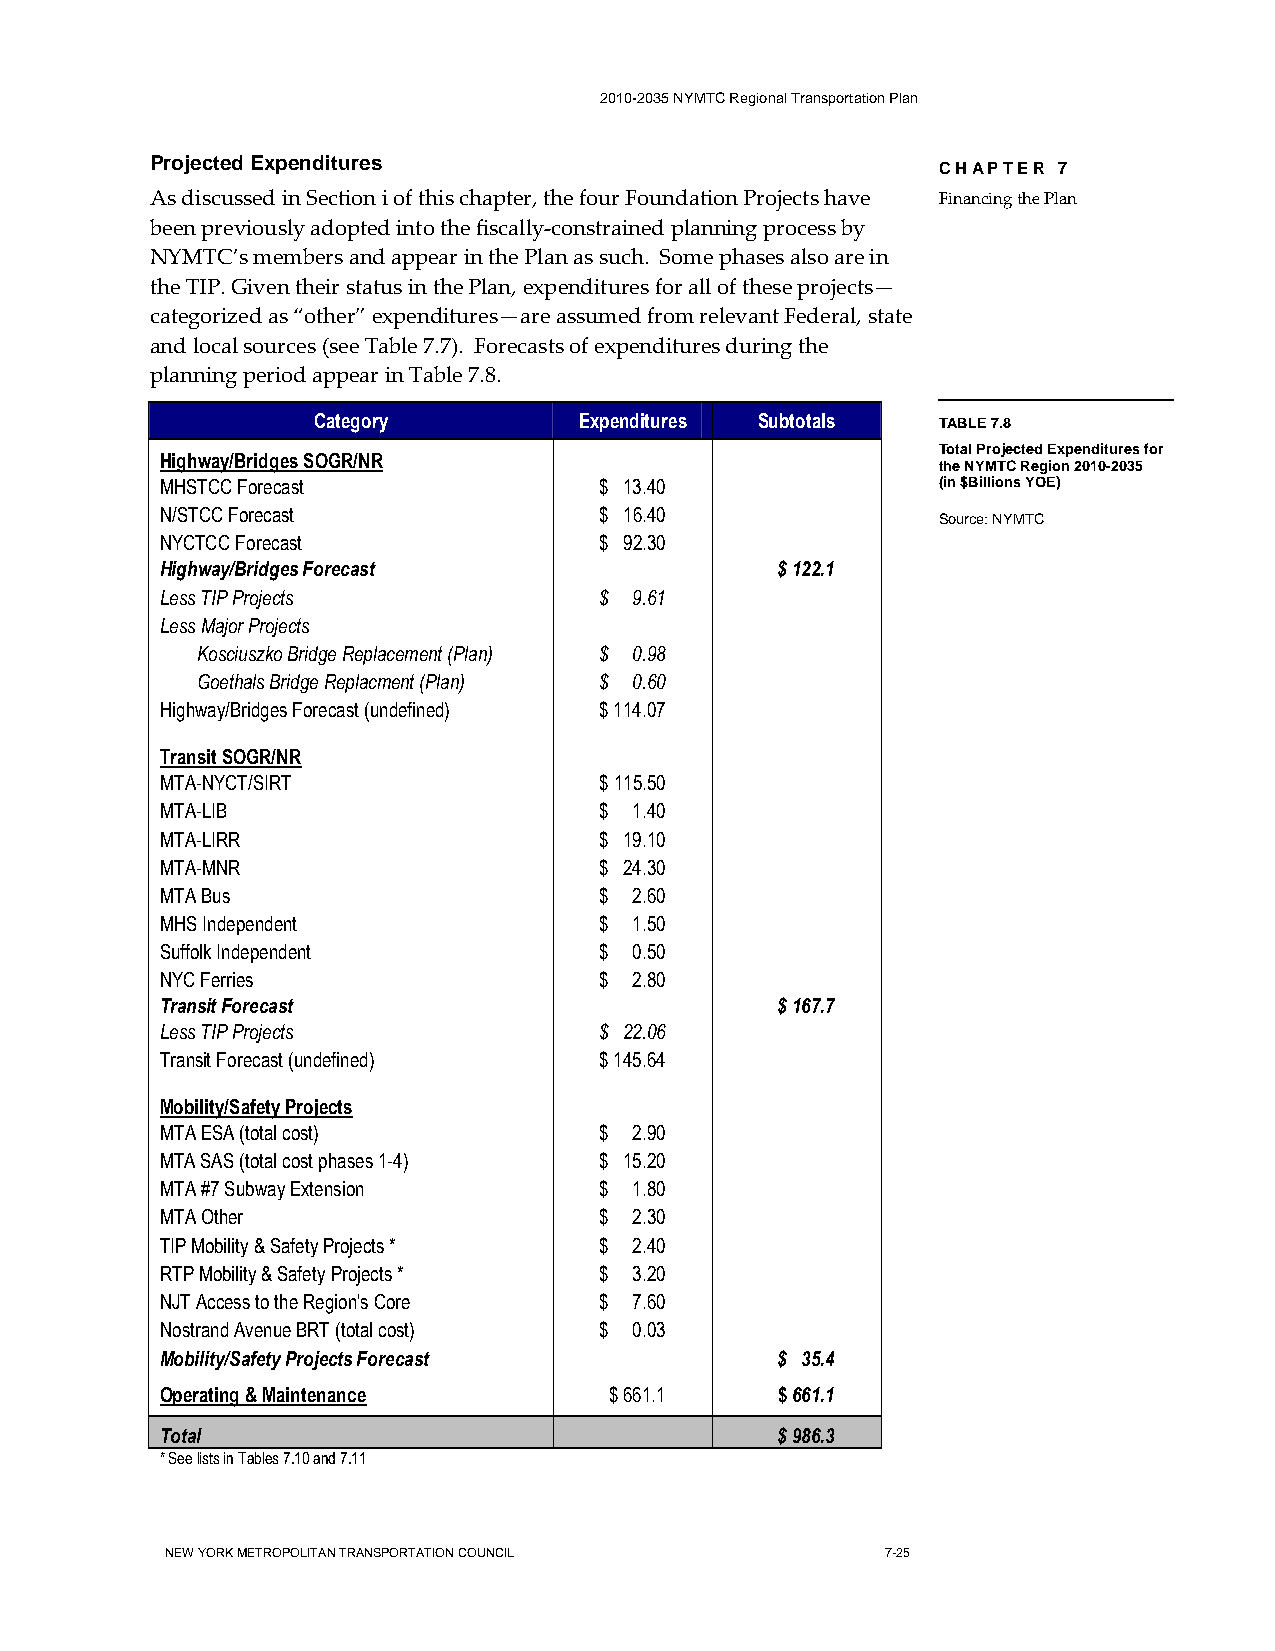
2010-2035 NYMTC Regional Transportation Plan
 Projected Expenditures
 CHAPTER 7
 As discussed in Section i of this chapter, the four Foundation Projects have Financing the Plan
 been previously adopted into the fiscally-constrained planning process by
 NYMTC’s members and appear in the Plan as such. Some phases also are in
 the TIP. Given their status in the Plan, expenditures for all of these projects—
 categorized as “other” expenditures—are assumed from relevant Federal, state
 and local sources (see Table 7.7). Forecasts of expenditures during the
 planning period appear in Table 7.8.
 Category         Expenditures Subtotals  TABLE 7.8
 Total Projected Expenditures for
 Highway/Bridges SOGR/NR
 the NYMTC Region 2010-2035
 MHSTCC Forecast              $ 13.40               (in $Billions YOE)
 N/STCC Forecast              $ 16.40
 Source: NYMTC
 NYCTCC Forecast              $ 92.30
 Highway/Bridges Forecast                $ 122.1
 Less TIP Projects            $ 9.61
 Less Major Projects
 Kosciuszko Bridge Replacement (Plan) $ 0.98
 Goethals Bridge Replacment (Plan) $ 0.60
 Highway/Bridges Forecast (undefined) $ 114.07
 Transit SOGR/NR
 MTA-NYCT/SIRT                $ 115.50
 MTA-LIB                      $ 1.40
 MTA-LIRR                     $ 19.10
 MTA-MNR                      $ 24.30
 MTA Bus                      $ 2.60
 MHS Independent              $ 1.50
 Suffolk Independent          $ 0.50
 NYC Ferries                  $ 2.80
 Transit Forecast                        $ 167.7
 Less TIP Projects            $ 22.06
 Transit Forecast (undefined) $ 145.64
 Mobility/Safety Projects
 MTA ESA (total cost)         $ 2.90
 MTA SAS (total cost phases 1-4) $ 15.20
 MTA #7 Subway Extension      $ 1.80
 MTA Other                    $ 2.30
 TIP Mobility & Safety Projects * $ 2.40
 RTP Mobility & Safety Projects * $ 3.20
 NJT Access to the Region's Core $ 7.60
 Nostrand Avenue BRT (total cost) $ 0.03
 Mobility/Safety Projects Forecast       $ 35.4
 Operating & Maintenance      $ 661.1    $ 661.1
 Total                                   $ 986.3
 * See lists in Tables 7.10 and 7.11
 NEW YORK METROPOLITAN TRANSPORTATION COUNCIL    7-25